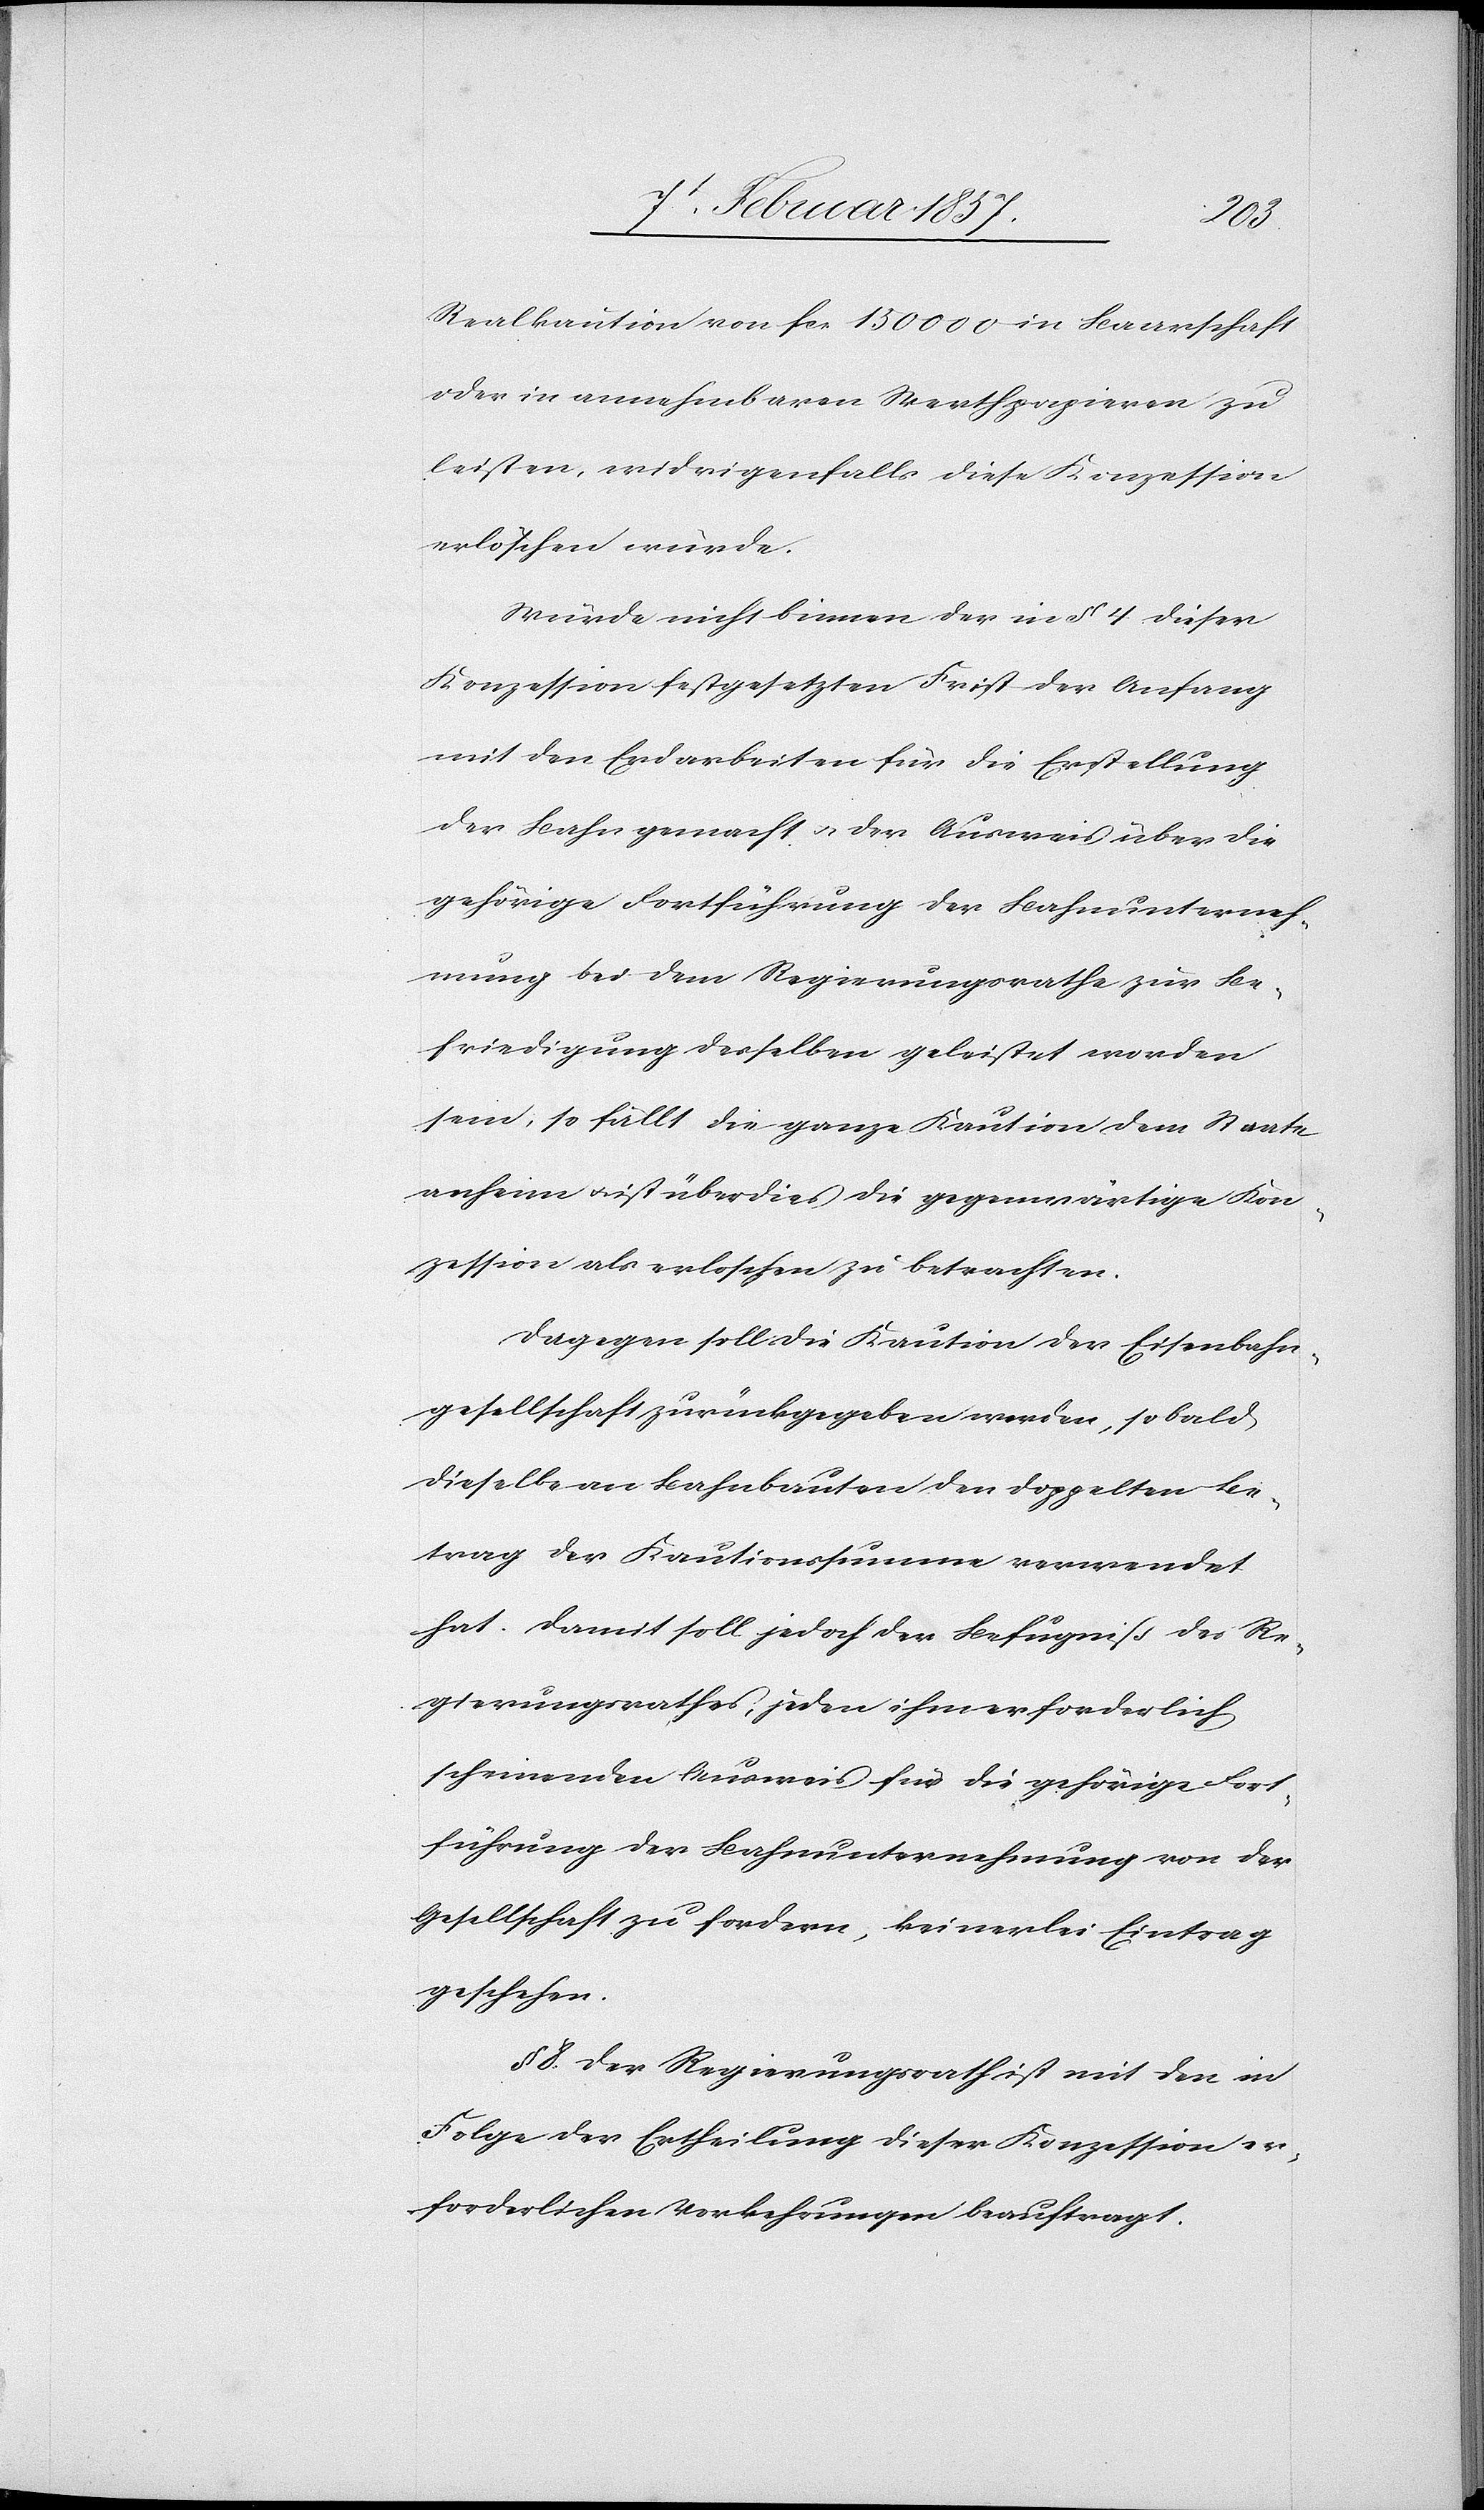
Realkaution von fcr 150 000 in Baarschaft
oder in annehmbaren Werthpapieren zu
leisten, widrigenfalls diese Konzession
erlöschen würde.
Würde nicht binnen der in § 4 dieser
Konzession festgesetzten Frist der Anfang
mit den Endarbeiten für die Erstellung
der Bahn gemacht u. der Ausweis über die
gehörige Fortführung der Bahnunterneh¬
mung bei dem Regierungsrathe zur Be¬
friedigung desselben geleistet worden
sein, so fällt die ganze Kaution dem Staate
anheim u. ist überdies die gegenwärtige Kon¬
zession als erloschen zu betrachten.
Dagegen soll die Kaution der Eisenbahn¬
gesellschaft zurückgegeben werden, sobald
dieselbe an Bahnbauten den doppelten Be¬
trag der Kautionssumme verwendet
hat. Damit soll jedoch der Befugniß des Re¬
gierungsrathes, jeden ihm erforderlich
scheinenden Ausweis für die gehörige Fort¬
führung der Bahnunternehmung von der
Gesellschaft zu fordern, keinerlei Eintrag
geschehen.
§ 8. Der Regierungsrath ist mit den in
Folge der Ertheilung dieser Konzession er¬
forderlichen Vorkehrungen beauftragt.